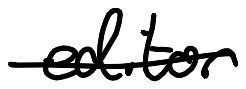
Text: editor
Cross-out: single-line
Writing tool: digital_black